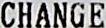
CHANGE